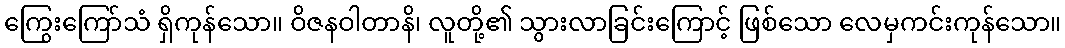
ကြွေးကြော်သံ ရှိကုန်သော။ ဝိဇနဝါတာနိ၊ လူတို့၏ သွားလာခြင်းကြောင့် ဖြစ်သော လေမှကင်းကုန်သော။